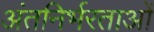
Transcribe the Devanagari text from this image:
अंतनिर्भरताओं